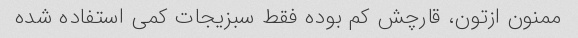
ممنون ازتون، قارچش کم بوده فقط سبزیجات کمی استفاده شده